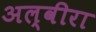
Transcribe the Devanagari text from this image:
अल्वीरा